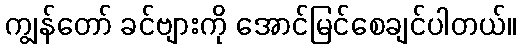
ကျွန်တော် ခင်ဗျားကို အောင်မြင်စေချင်ပါတယ်။